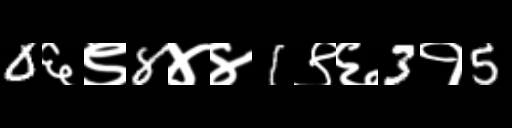
Text: 0६९8४४1९६3१5